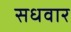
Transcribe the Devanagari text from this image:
सधवार